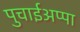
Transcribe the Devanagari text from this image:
पुचाईअप्पा